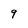
Character: 9